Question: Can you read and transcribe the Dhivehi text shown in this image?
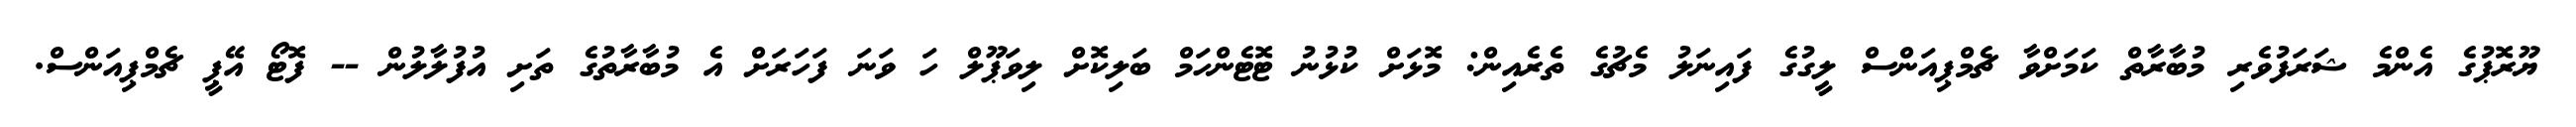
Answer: ޔޫރޮޕުގެ އެންމެ ޝަރަފުވެރި މުބާރާތް ކަމަށްވާ ޗެމްޕިއަންސް ލީގުގެ ފައިނަލު މެޗުގެ ތެރެއިން: މޮޅަށް ކުޅުނު ޓޮޓެންހަމް ބަލިކޮށް ލިވަޕޫލް ހަ ވަނަ ފަހަރަށް އެ މުބާރާތުގެ ތަށި އުފުލާލުން -- ފޮޓޯ އޭޕީ ޗެމްޕިއަންސް.